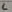
Text: 6